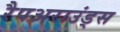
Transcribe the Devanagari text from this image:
रैपअराउंड्स